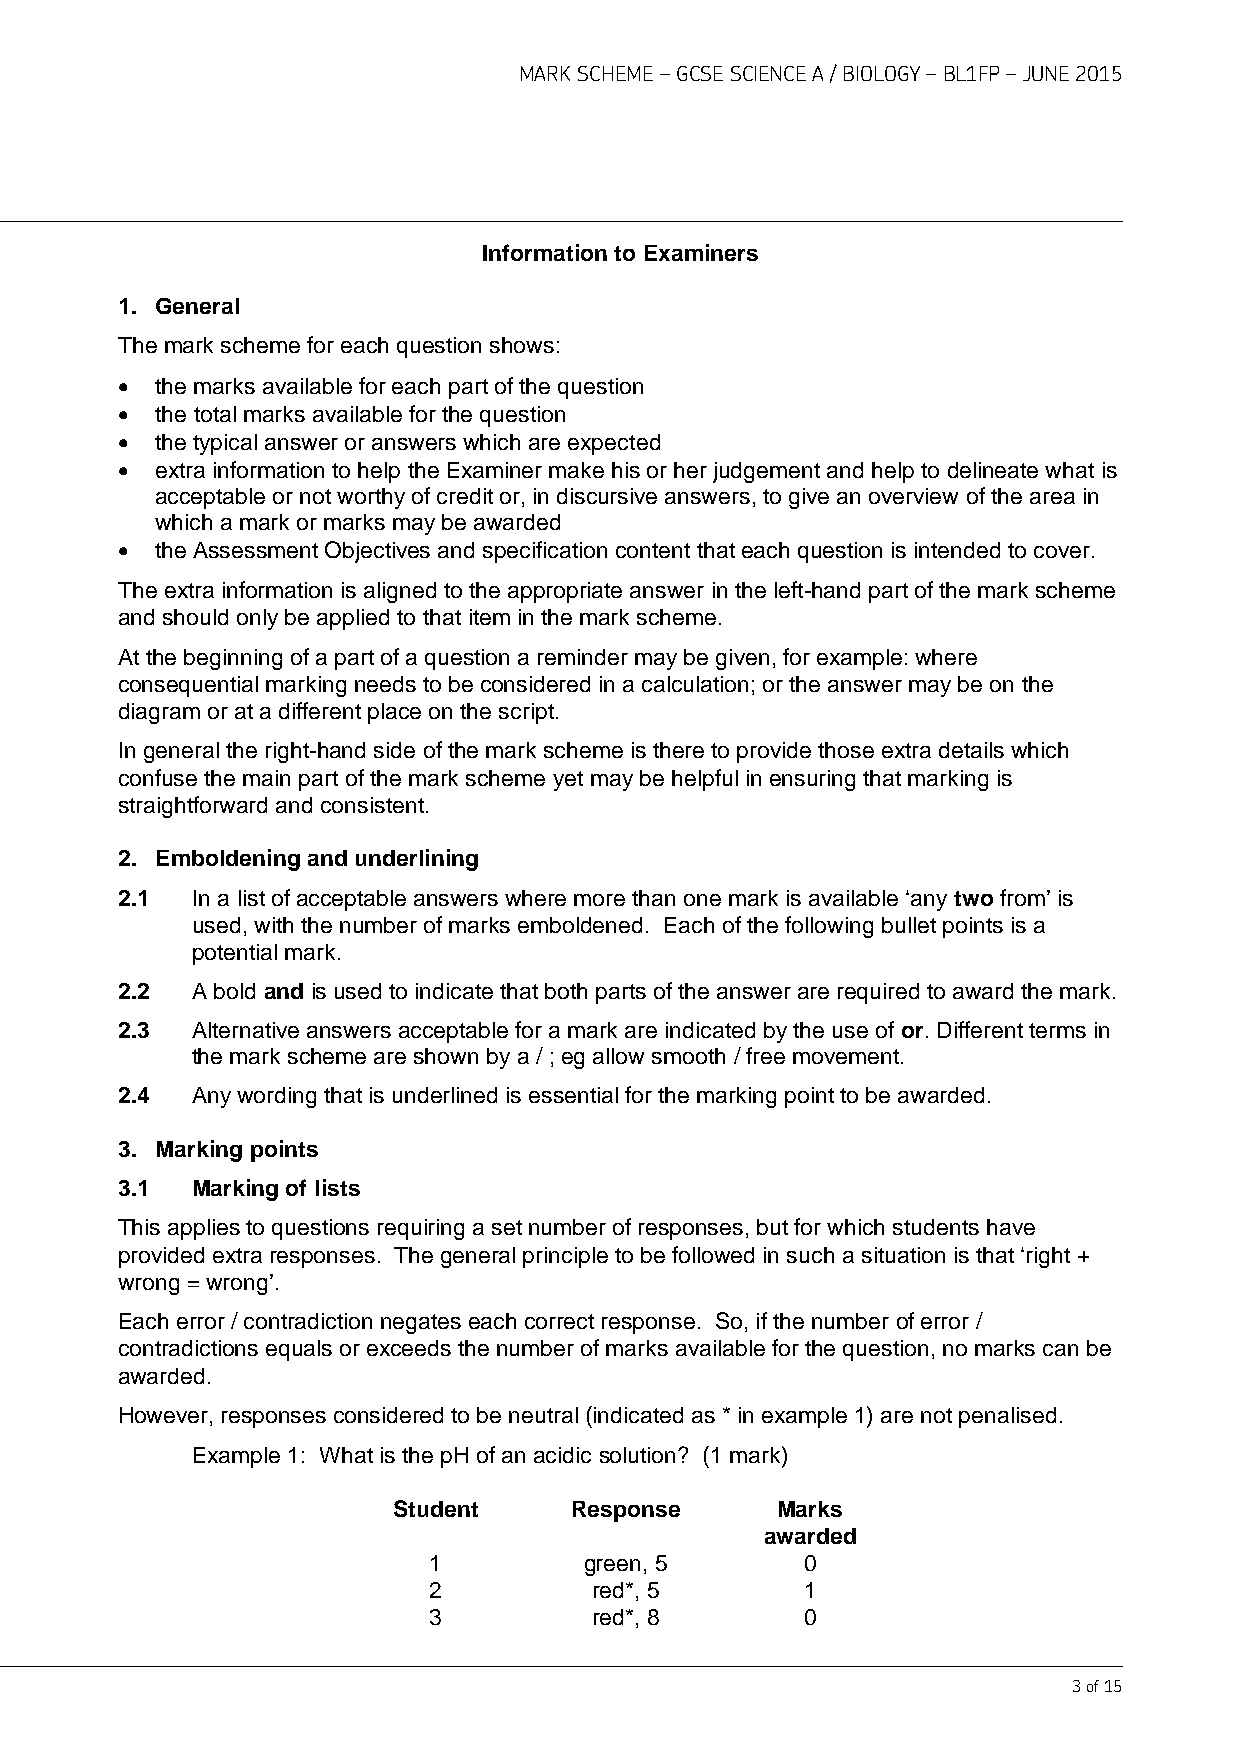
MARK SCHEME – GCSE SCIENCE A / BIOLOGY – BL1FP – JUNE 2015
 Information to Examiners
 1. General
 The mark scheme for each question shows:
 • the marks available for each part of the question
 • the total marks available for the question
 • the typical answer or answers which are expected
 • extra information to help the Examiner make his or her judgement and help to delineate what is
 acceptable or not worthy of credit or, in discursive answers, to give an overview of the area in
 which a mark or marks may be awarded
 • the Assessment Objectives and specification content that each question is intended to cover.
 The extra information is aligned to the appropriate answer in the left-hand part of the mark scheme
 and should only be applied to that item in the mark scheme.
 At the beginning of a part of a question a reminder may be given, for example: where
 consequential marking needs to be considered in a calculation; or the answer may be on the
 diagram or at a different place on the script.
 In general the right-hand side of the mark scheme is there to provide those extra details which
 confuse the main part of the mark scheme yet may be helpful in ensuring that marking is
 straightforward and consistent.
 2. Emboldening and underlining
 2.1  In a list of acceptable answers where more than one mark is available ‘any two from’ is
 used, with the number of marks emboldened. Each of the following bullet points is a
 potential mark.
 2.2  A bold and is used to indicate that both parts of the answer are required to award the mark.
 2.3  Alternative answers acceptable for a mark are indicated by the use of or. Different terms in
 the mark scheme are shown by a / ; eg allow smooth / free movement.
 2.4  Any wording that is underlined is essential for the marking point to be awarded.
 3. Marking points
 3.1  Marking of lists
 This applies to questions requiring a set number of responses, but for which students have
 provided extra responses. The general principle to be followed in such a situation is that ‘right +
 wrong = wrong’.
 Each error / contradiction negates each correct response. So, if the number of error /
 contradictions equals or exceeds the number of marks available for the question, no marks can be
 awarded.
 However, responses considered to be neutral (indicated as * in example 1) are not penalised.
 Example 1: What is the pH of an acidic solution? (1 mark)
 Student     Response     Marks
 awarded
 1          green, 5      0
 2          red*, 5       1
 3          red*, 8       0
 3 of 15